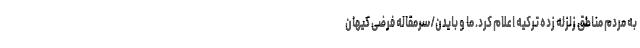
به مردم مناطق زلزله زده ترکیه اعلام کرد. ما و بایدن/سرمقاله فرضی کیهان